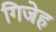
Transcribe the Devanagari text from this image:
गिजेह